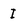
Character: I